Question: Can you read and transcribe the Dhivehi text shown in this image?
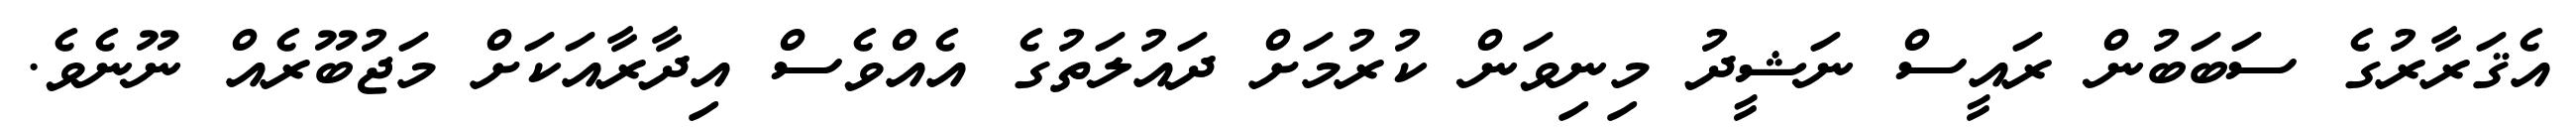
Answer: އެޤަރާރުގެ ސަބަބުން ރައީސް ނަޝީދު މިނިވަން ކުރުމަށް ދައުލަތުގެ އެއްވެސް އިދާރާއަކަށް މަޖުބޫރެއް ނޫނެވެ.